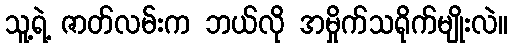
သူ့ရဲ့ ဇာတ်လမ်းက ဘယ်လို အမှိုက်သရိုက်မျိုးလဲ။